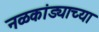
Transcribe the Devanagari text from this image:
नळकांड्याच्या